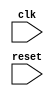
module timing_control_and_sync_blocks (
    input wire clk,
    input wire reset,
    // add input/output ports here
    
    // timing registers
    
    // input/output buffers
    
    // clock dividers
    
    // state machines
    
);

// Code for timing control and synchronization blocks goes here

endmodule